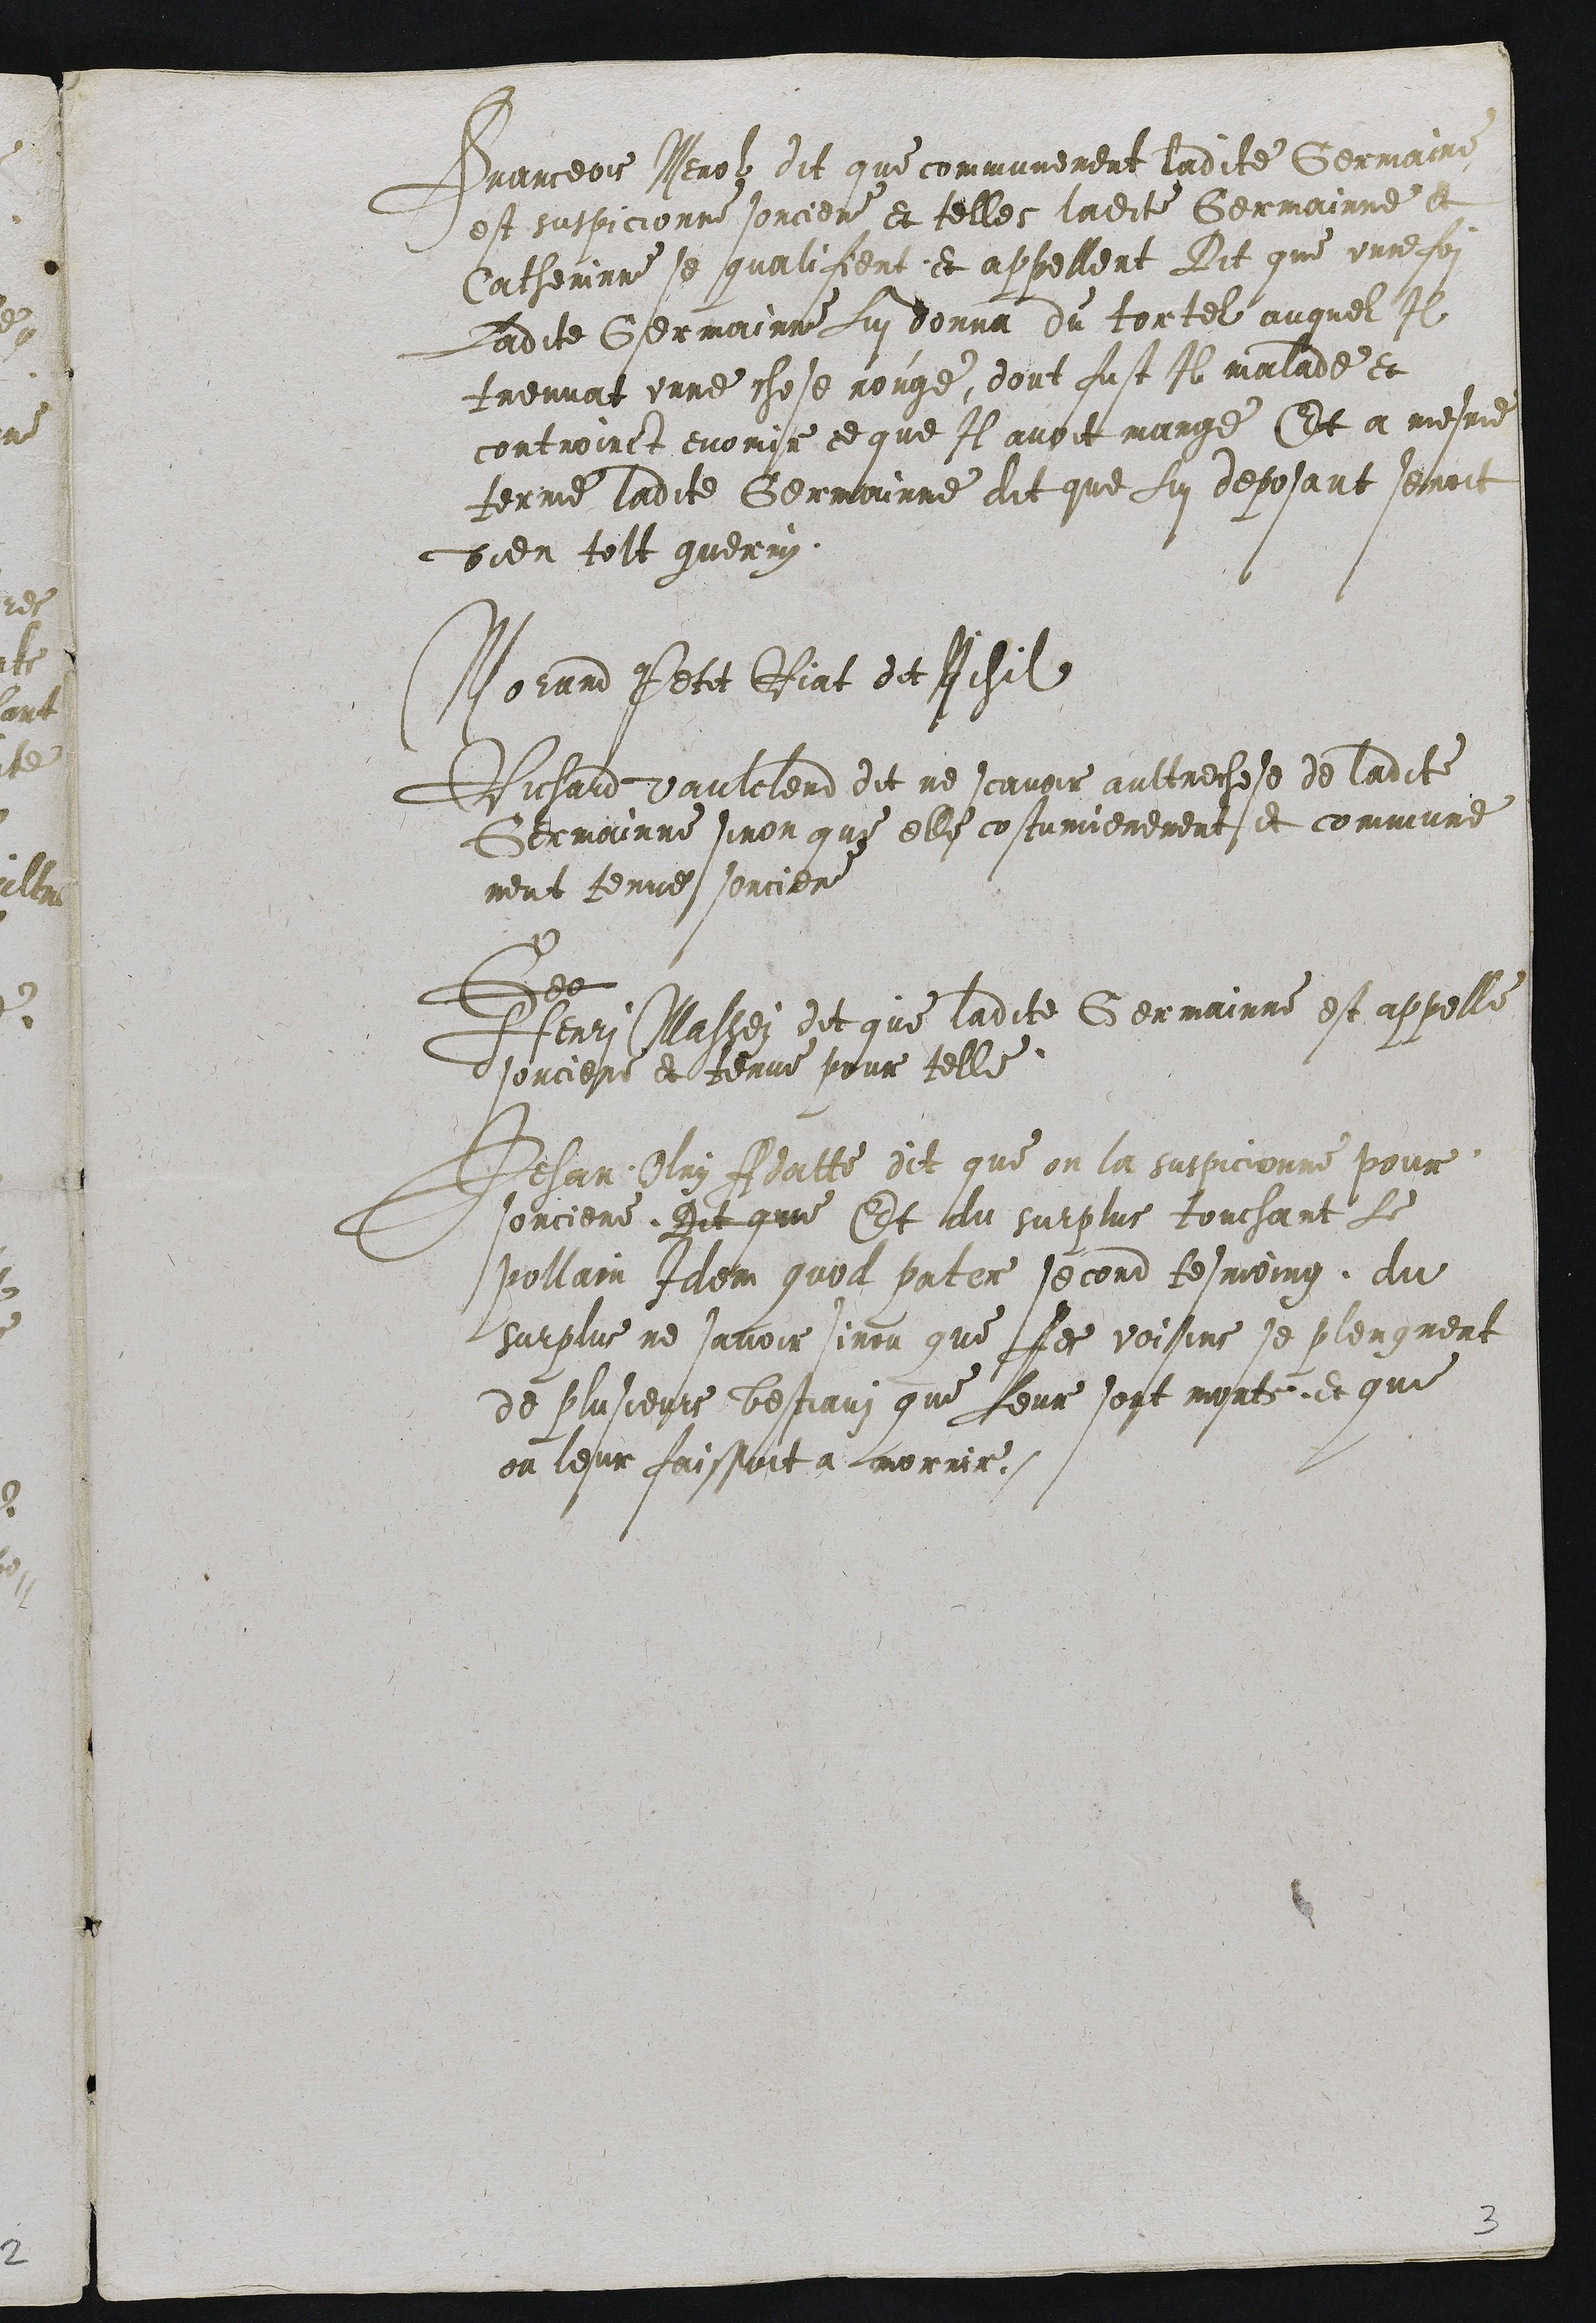
Franceois Nerol dit que communement ladite Germairne
est suspicionne sorciere et telles ladite Germainne a
Catherinne se qualisient et appellent Dit que unne soi
Ladite Germainne Lui donna du tortel auquel Il
treuvat unne chose rouge, dont fust Il malade et
controinct evomir ce que Il avoit mange Et a mesme
terme ladite Germainne dit que Lui deposant secoit
Dien tolt guerry.

Morand Petit Riat de Risil
Richard Vaulclerd dit ne scavoir aultrechose de ladite
Germainne sinon que elle costumierement et commune
ment tenue sorciere
Se
Henri Massei dit que ladite Germainne est appelle
sorciere et tenue pour telle
Jehan Oloy Aatte dit que on la suspicionne pour
sorciere. Dit que Et au surplus touchant Le
Pollain Idem quoa pater second tesmoing du
surplus ne savoir sinon que Les voisins se plengment
de plusieurs bostians que Leur sopt morte et que
on lesur faissont a morrir.

2